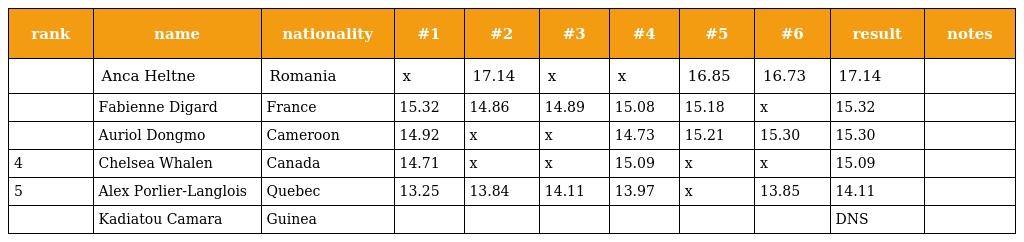
| rank | name | nationality | #1 | #2 | #3 | #4 | #5 | #6 | result | notes |
 | --- | --- | --- | --- | --- | --- | --- | --- | --- | --- | --- |
 |  | Anca Heltne | Romania | x | 17.14 | x | x | 16.85 | 16.73 | 17.14 |  |
 |  | Fabienne Digard | France | 15.32 | 14.86 | 14.89 | 15.08 | 15.18 | x | 15.32 |  |
 |  | Auriol Dongmo | Cameroon | 14.92 | x | x | 14.73 | 15.21 | 15.30 | 15.30 |  |
 | 4 | Chelsea Whalen | Canada | 14.71 | x | x | 15.09 | x | x | 15.09 |  |
 | 5 | Alex Porlier-Langlois | Quebec | 13.25 | 13.84 | 14.11 | 13.97 | x | 13.85 | 14.11 |  |
 |  | Kadiatou Camara | Guinea |  |  |  |  |  |  | DNS |  |